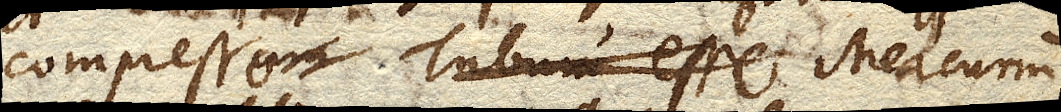
compresso Mercurium esse